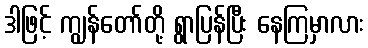
ဒါဖြင့် ကျွန်တော်တို့ ရွာပြန်ပြီး နေကြမှာလား